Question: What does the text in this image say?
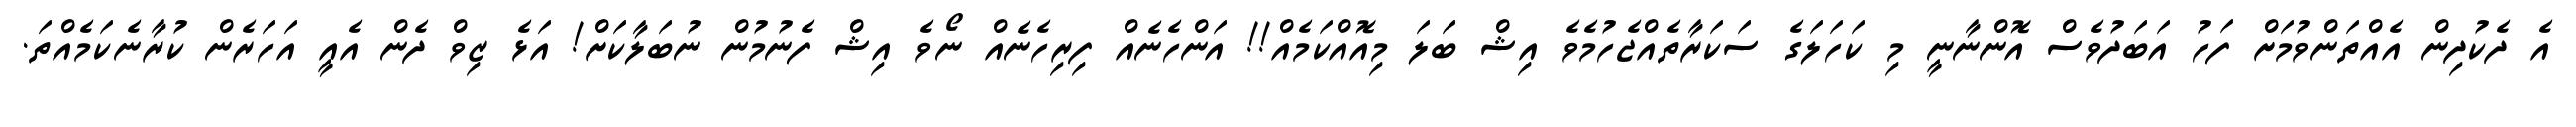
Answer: އެ ދެކުދިން އެއްތަންވުމަށް ފަހު އަބަދުވެސް އޮންނާނީ މި ކަހަލަގެ ސަކަރާތެއްޖެހުމެވެ އިޝް ބަލަ މިއޮއްކަމެއް!! އަންހެނެއް ފިރިހެނެއް ނޯވެ އިޝް ފެނުމުން ނުބަލާކަށް! އަޅެ ޒިވް ދެން އެއީ އަހަރެން ކުރާނެކަމެއްތަ.